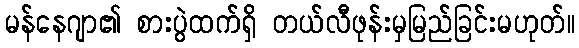
မန်နေဂျာ၏ စားပွဲထက်ရှိ တယ်လီဖုန်းမှမြည်ခြင်းမဟုတ်။